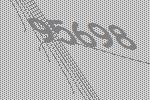
95698